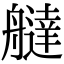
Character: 𦪭